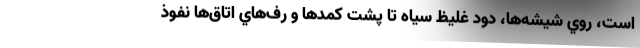
است، روي شيشه‌ها، دود غليظ سياه تا پشت كمدها و رف‌هاي اتاق‌ها نفوذ